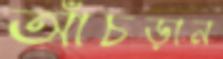
আঁচড়ান